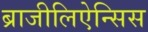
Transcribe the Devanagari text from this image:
ब्राजीलिऐन्सिस